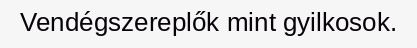
Vendégszereplők mint gyilkosok.